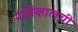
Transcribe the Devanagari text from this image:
पर्सिव्हालची